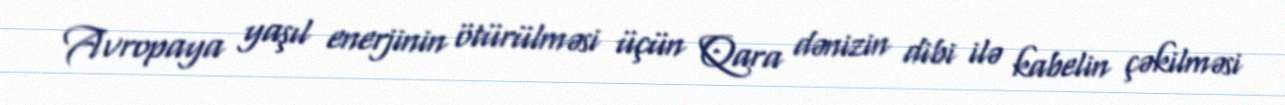
Avropaya yaşıl enerjinin ötürülməsi üçün Qara dənizin dibi ilə kabelin çəkilməsi